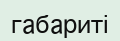
габариті